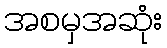
အစမှအဆုံး